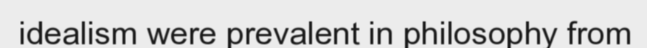
idealism were prevalent in philosophy from